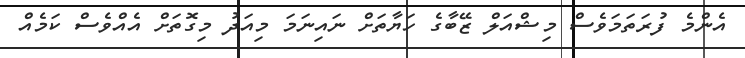
އެންމެ ފުރަތަމަވެސް މިޝްއަލް ޒޭބާގެ ހަޔާތަށް ނައިނަމަ މިއަދު މިގޮތަށް އެއްވެސް ކަމެއް